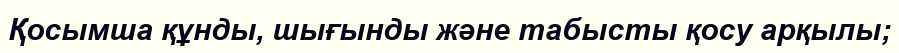
Қосымша құнды, шығынды және табысты қосу арқылы;